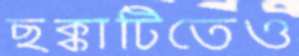
ছক্কাটিতেও